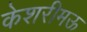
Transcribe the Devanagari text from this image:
केशरीमऊ